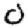
Digit: 0